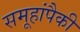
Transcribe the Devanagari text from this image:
समूहांपैकी